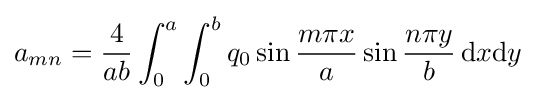
a_{mn}={\frac {4}{ab}}\int _{0}^{a}\int _{0}^{b}q_{0}\sin {\frac {m\pi x}{a}}\sin {\frac {n\pi y}{b}}\,{\text{d}}x{\text{d}}y